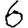
Digit: 6